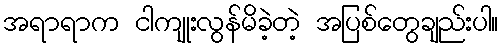
အရာရာက ငါကျုးလွန်မိခဲ့တဲ့ အပြစ်တွေချည်းပါ။